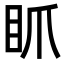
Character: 𥄄